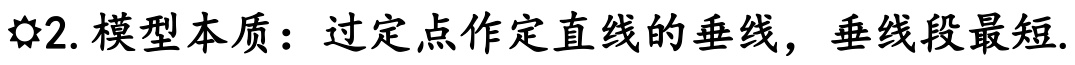
2. 模型本质：过定点作定直线的垂线，垂线段最短.